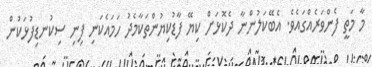
މާ މަތީ ފެންވަރެއްގައެވެ. އެބޭކަލުންނާ ދެކޮޅަށް ކިޔޭ ފާޑުކިޔުންތަކާމެދު ހަމައެކަނި ފިނި ސިކުނޑިފުޅަކުން